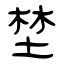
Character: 埜